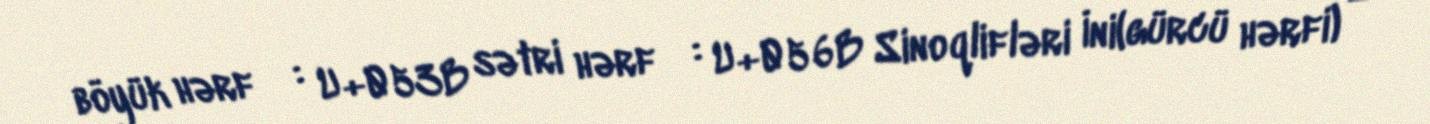
böyük hərf Ի : U+053B sətri hərf ի : U+056B Sinoqlifləri İni(gürcü hərfi) — ი